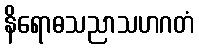
နိရောဓသညာသဟဂတံ